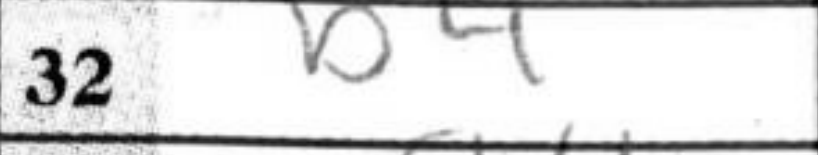
Transcription: b4